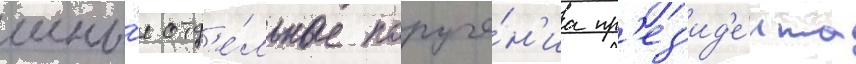
ины́е отд'е́льные поруче́н'иа пр'ез'ид'е́нта